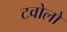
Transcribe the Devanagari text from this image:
टवोलो